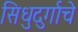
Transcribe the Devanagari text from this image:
सिधुदुर्गाचे